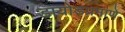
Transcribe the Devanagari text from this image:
डायोडप्रमाणे